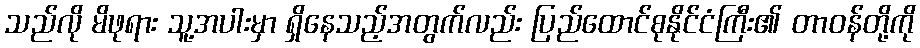
သည်လို မိဖုရား သူ့အပါးမှာ ရှိနေသည့်အတွက်လည်း ပြည်ထောင်စုနိုင်ငံကြီး၏ တာဝန်တို့ကို